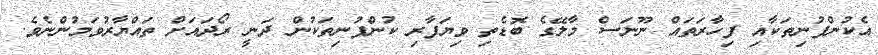
އެކުންފުނިތަކާއި ފިހާރަތައް ނޫނަސް މާލޭގެ ބޮޑެތި ވިޔަފާރި ކުންފުނިތަކުން ދަނީ ރޯދައަށް ތައްޔާރުވަމުންނެވެ.